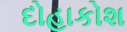
દોહાકોશ